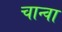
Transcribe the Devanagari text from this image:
चान्वा